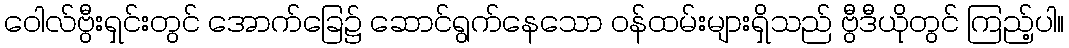
ဝေါလ်ဗွီးရှင်းတွင် အောက်ခြေ၌ ဆောင်ရွက်နေသော ဝန်ထမ်းများရှိသည် ဗွီဒီယိုတွင် ကြည့်ပါ။